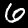
Label: 6